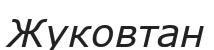
Жуковтан